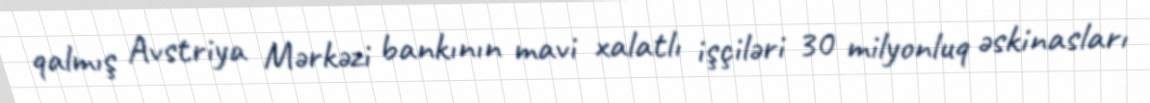
qalmış Avstriya Mərkəzi bankının mavi xalatlı işçiləri 30 milyonluq əskinasları